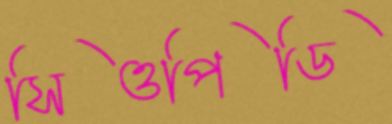
সিওপিডি